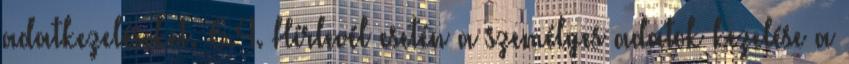
adatkezeléseket. 6.4. Hírlevél esetén a személyes adatok kezelése a